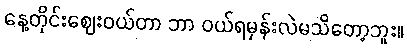
နေ့တိုင်းဈေးဝယ်တာ ဘာ ဝယ်ရမှန်းလဲမသိတော့ဘူး။